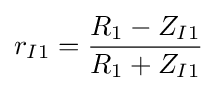
r_{I1}={\frac {R_{1}-Z_{I1}}{R_{1}+Z_{I1}}}